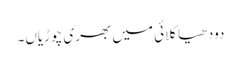
دودھیا کلائی میں بھری چوڑیاں۔